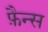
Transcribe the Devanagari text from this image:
फ़ैन्स